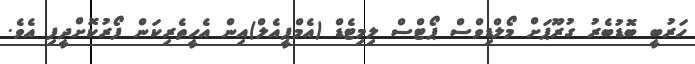
ހަރުބީ ބޮޑުބެރު ގުރޫޕަށް މޯލްޑިވްސް ޕޯޓްސް ލިމިޓެޑް (އެމްޕީއެލް)އިން އެހީތެރިކަން ފޯރުކޮށްދީފި އެވެ.